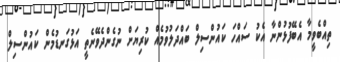
ތިއްބެވީމާ އެބޭފުޅުންނާ އެކު ސައްހަ ކައުންސިލް ބައްދަލުވުމެއް ކުރިޔަށް ނުގެންދެވޭނެތީ އަޅުގަނޑުމެން ކައުންސިލް